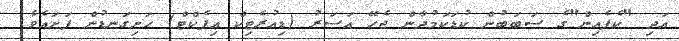
އަދި "ކެފެއިން"ގެ ސަބަބުން ކުޑަކަމުދާން ޖެހޭ އަސަރު (ޑިއުރެޓިކް އިފެކްޓް) ހަށިގަނޑުން ފަށައެވެ.